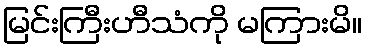
မြင်းကြီးဟီသံကို မကြားမိ။